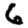
Digit: 6